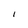
Character: I